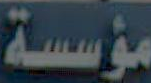
مؤسسة